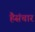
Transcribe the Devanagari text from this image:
हैसंचार